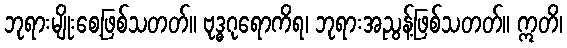
ဘုရားမျိုးစေ့ဖြစ်သတတ်။ ဗုဒ္ဓဂုရောကိရ၊ ဘုရားအညွန့်ဖြစ်သတတ်။ ဣတိ၊